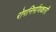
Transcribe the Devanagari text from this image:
रोगनिर्माणकारी